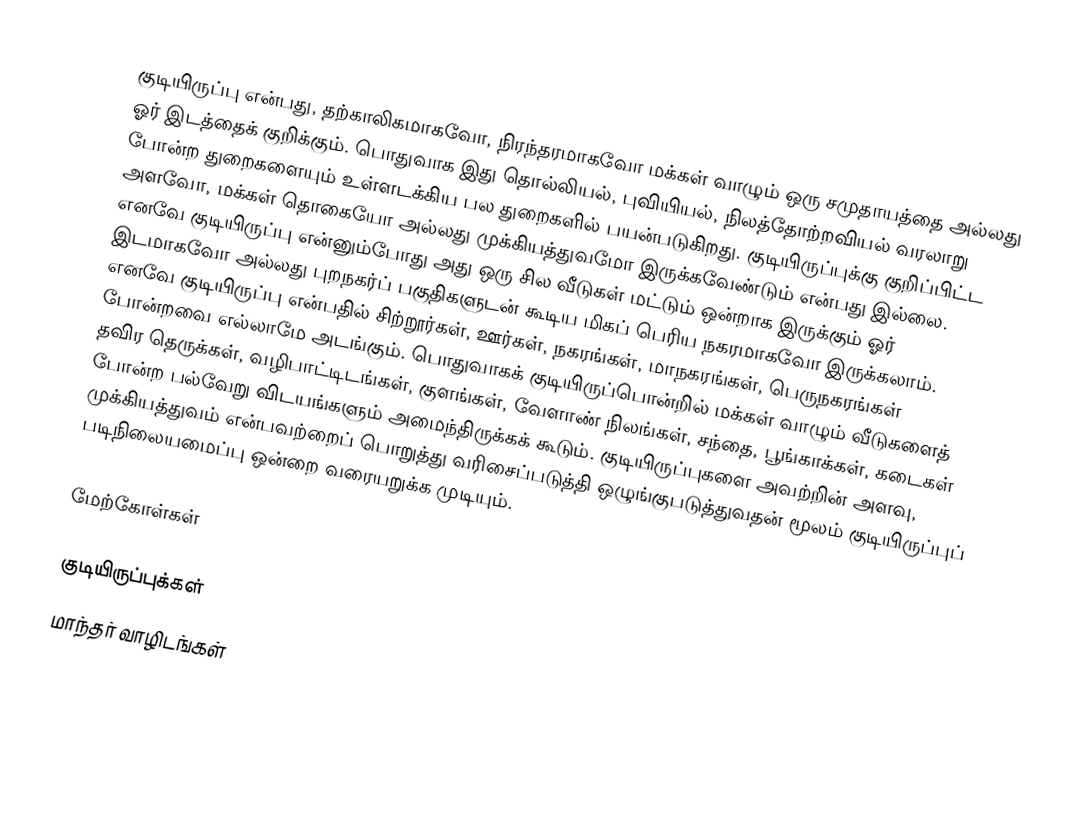
குடியிருப்பு என்பது, தற்காலிகமாகவோ, நிரந்தரமாகவோ மக்கள் வாழும் ஒரு சமுதாயத்தை அல்லது ஓர் இடத்தைக் குறிக்கும்.  பொதுவாக இது தொல்லியல், புவியியல், நிலத்தோற்றவியல் வரலாறு போன்ற துறைகளையும் உள்ளடக்கிய பல துறைகளில் பயன்படுகிறது. குடியிருப்புக்கு குறிப்பிட்ட அளவோ, மக்கள் தொகையோ அல்லது முக்கியத்துவமோ இருக்கவேண்டும் என்பது இல்லை. எனவே குடியிருப்பு என்னும்போது அது ஒரு சில வீடுகள் மட்டும் ஒன்றாக இருக்கும் ஓர் இடமாகவோ அல்லது புறநகர்ப் பகுதிகளுடன் கூடிய மிகப் பெரிய நகரமாகவோ இருக்கலாம். எனவே குடியிருப்பு என்பதில் சிற்றூர்கள், ஊர்கள், நகரங்கள், மாநகரங்கள், பெருநகரங்கள் போன்றவை எல்லாமே அடங்கும். பொதுவாகக் குடியிருப்பொன்றில் மக்கள் வாழும் வீடுகளைத் தவிர தெருக்கள், வழிபாட்டிடங்கள், குளங்கள், வேளாண் நிலங்கள், சந்தை, பூங்காக்கள், கடைகள் போன்ற பல்வேறு விடயங்களும் அமைந்திருக்கக் கூடும். குடியிருப்புகளை அவற்றின் அளவு, முக்கியத்துவம் என்பவற்றைப் பொறுத்து வரிசைப்படுத்தி ஒழுங்குபடுத்துவதன் மூலம் குடியிருப்புப் படிநிலையமைப்பு ஒன்றை வரையறுக்க முடியும்.

மேற்கோள்கள்

குடியிருப்புக்கள்
மாந்தர் வாழிடங்கள்